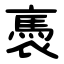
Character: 褭